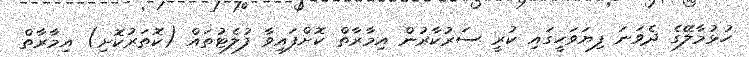
ހުޅުމާލޭގެ ދެވަނަ ފިޔަވަހީގައި ކުރީ ސަރުކާރުން އިމާރާތް ކޮށްފައިވާ ފުލެޓުތައް (ކޮތަރުކޮށި) އިމާރާތް